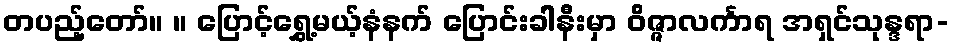
တပည့်တော်။ ။ ပြောင့်ရွှေ့မယ့်နံနက် ပြောင်းခါနီးမှာ ဝိဇ္ဇာလင်္ကာရ အရှင်သုန္ဒရာ-